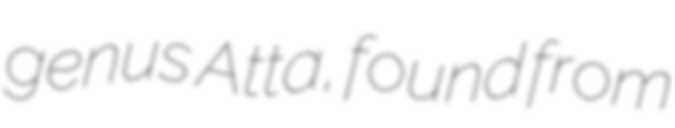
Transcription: genus Atta, found from